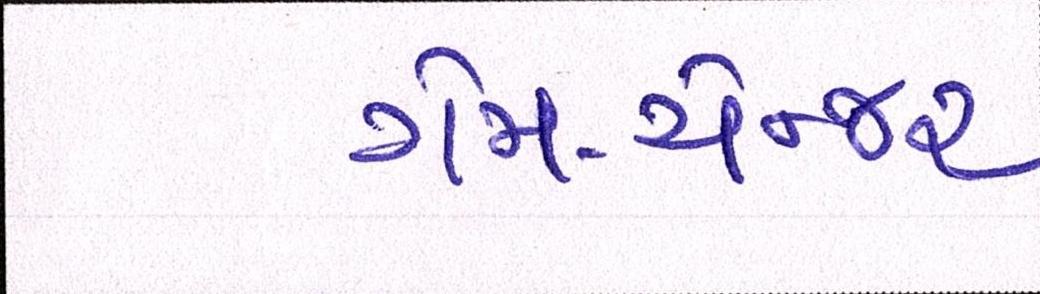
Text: ગેમ-ચેન્જર